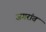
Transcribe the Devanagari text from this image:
जगरांव